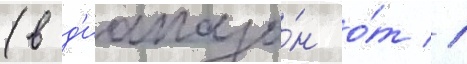
(в д'иапазо́н о́т 1